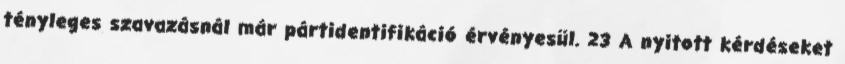
tényleges szavazásnál már pártidentifikáció érvényesül. 23 A nyitott kérdéseket